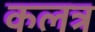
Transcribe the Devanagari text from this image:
कलत्र